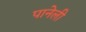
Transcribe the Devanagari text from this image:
पानेली